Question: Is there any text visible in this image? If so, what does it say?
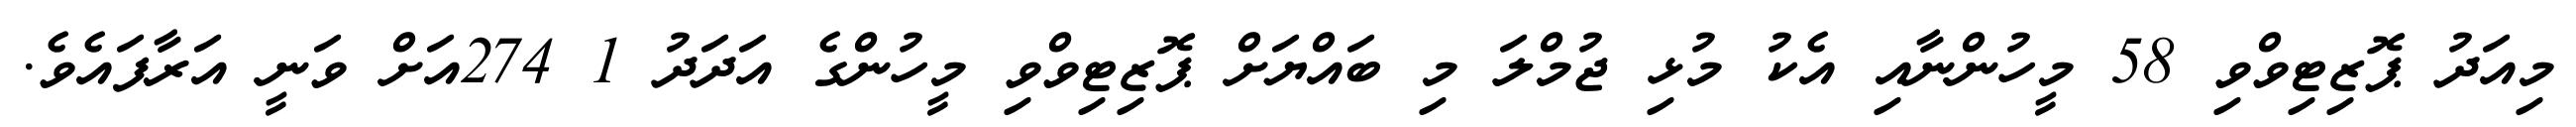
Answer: މިއަދު ޕޮޒިޓިވްވި 58 މީހުންނާއި އެކު މުޅި ޖުމްލަ މި ބައްޔަށް ޕޮޒިޓިވްވި މީހުންގެ އަދަދު 1 274އަށް ވަނީ އަރާފައެވެ.